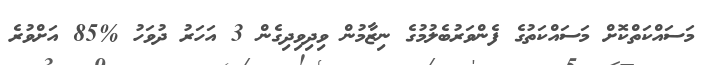
މަސައްކަތްކޮށް މަސައްކަތުގެ ފެންވަރުބެލުމުގެ ނިޒާމުން ވިދިވިދިގެން 3 އަހަރު ދުވަހު %85 އަށްވުރެ